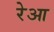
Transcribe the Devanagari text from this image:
रेआ